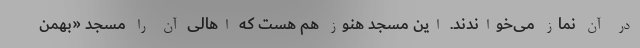
در آن نماز می‌خواندند. این مسجد هنوز هم هست که اهالی آن را مسجد «بهمن